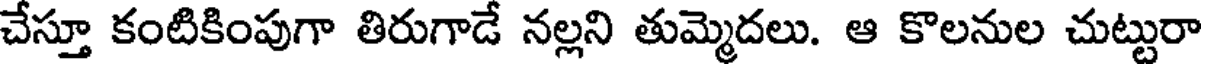
చేస్తూ కంటికింపుగా తిరుగాడే నల్లని తుమ్మెదలు. ఆ కొలనుల చుట్టురా